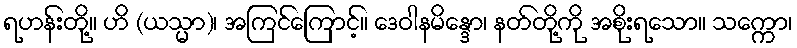
ရဟန်းတို့။ ဟိ (ယသ္မာ)၊ အကြင်ကြောင့်။ ဒေဝါနမိန္ဒော၊ နတ်တို့ကို အစိုးရသော။ သက္ကော၊